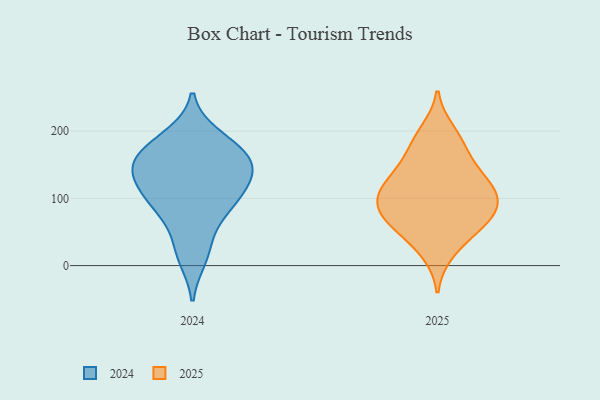
{"axis": {"x": "Operating Costs (USD K)", "y": "Value"}, "legend": ["2024", "2025"], "data": [{"x": "", "y": 88, "type": "2024"}, {"x": "", "y": 151, "type": "2024"}, {"x": "", "y": 13, "type": "2024"}, {"x": "", "y": 144, "type": "2024"}, {"x": "", "y": 182, "type": "2024"}, {"x": "", "y": 132, "type": "2024"}, {"x": "", "y": 191, "type": "2024"}, {"x": "", "y": 85, "type": "2024"}, {"x": "", "y": 147, "type": "2024"}, {"x": "", "y": 85, "type": "2024"}, {"x": "", "y": 29, "type": "2024"}, {"x": "", "y": 117, "type": "2024"}, {"x": "", "y": 163, "type": "2024"}, {"x": "", "y": 168, "type": "2024"}, {"x": "", "y": 116, "type": "2024"}, {"x": "", "y": 83, "type": "2025"}, {"x": "", "y": 20, "type": "2025"}, {"x": "", "y": 67, "type": "2025"}, {"x": "", "y": 105, "type": "2025"}, {"x": "", "y": 170, "type": "2025"}, {"x": "", "y": 99, "type": "2025"}, {"x": "", "y": 137, "type": "2025"}, {"x": "", "y": 119, "type": "2025"}, {"x": "", "y": 199, "type": "2025"}, {"x": "", "y": 113, "type": "2025"}, {"x": "", "y": 64, "type": "2025"}, {"x": "", "y": 41, "type": "2025"}, {"x": "", "y": 115, "type": "2025"}, {"x": "", "y": 71, "type": "2025"}, {"x": "", "y": 147, "type": "2025"}, {"x": "", "y": 186, "type": "2025"}, {"x": "", "y": 78, "type": "2025"}]}